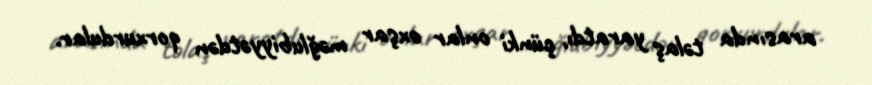
arasında təlaş yaratdı, çünki onlar oxşar məğlubiyyətdən qorxurdular.